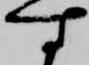
す